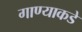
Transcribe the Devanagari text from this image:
गाण्याकडे